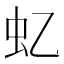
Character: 𧈝